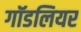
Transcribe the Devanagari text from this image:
गॉडलियर